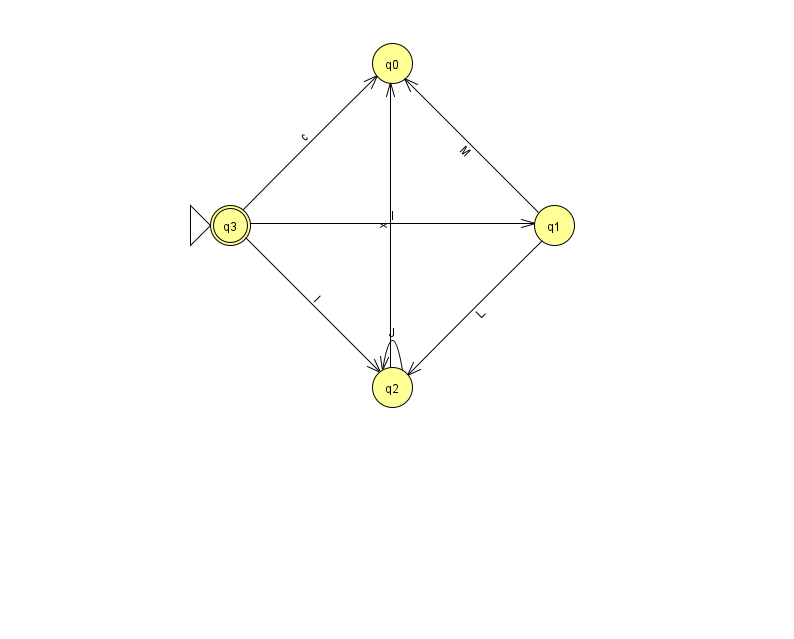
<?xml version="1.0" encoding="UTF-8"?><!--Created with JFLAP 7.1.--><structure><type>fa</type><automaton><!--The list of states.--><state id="0" name="q0"><x>392.0</x><y>50.0</y></state><state id="1" name="q1"><x>554.0</x><y>212.0</y></state><state id="2" name="q2"><x>392.0</x><y>374.0</y></state><state id="3" name="q3"><x>230.0</x><y>212.0</y><initial/><final/></state><!--The list of transitions.--><transition><from>1</from><to>0</to><read>M</read></transition><transition><from>2</from><to>0</to><read>x</read></transition><transition><from>1</from><to>2</to><read>L</read></transition><transition><from>3</from><to>1</to><read>I</read></transition><transition><from>2</from><to>2</to><read>J</read></transition><transition><from>3</from><to>2</to><read>I</read></transition><transition><from>3</from><to>0</to><read>c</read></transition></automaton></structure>